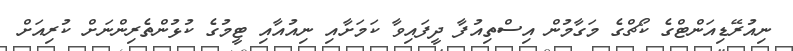
ނިއުރޭޑިއަންޓްގެ ކޯޗްގެ މަގާމުން އިސްތިއުފާ ދީފައިވާ ކަމަށާއި ނިއުއާއި ޓީމުގެ ކުޅުންތެރިންނަށް ކުރިއަށް